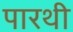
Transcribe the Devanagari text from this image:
पारथी